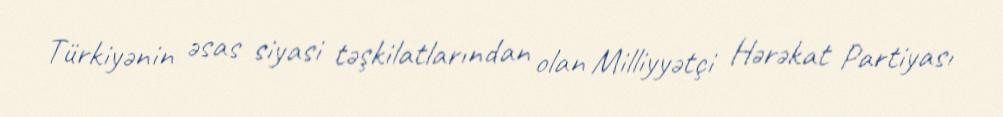
Türkiyənin əsas siyasi təşkilatlarından olan Milliyyətçi Hərəkat Partiyası